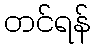
တင်ရန်